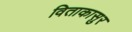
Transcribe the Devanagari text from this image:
विताकासुर